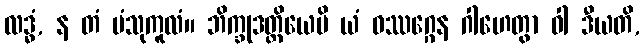
လဒ္ဓံ, န တံ ပံသုကူလံ။ ဘိက္ခုဒတ္တိယေပိ ယံ ဝဿဂ္ဂေန ဂါဟေတွာ ဝါ ဒီယတိ,